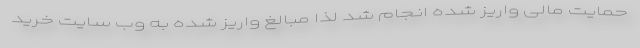
حمایت مالی واریز شده انجام شد لذا مبالغ واریز شده به وب سایت خرید